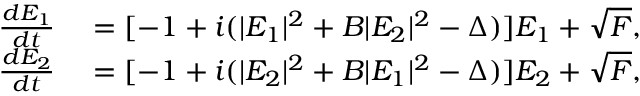
\begin{array} { r l } { \frac { d E _ { 1 } } { d t } } & { { } = [ - 1 + i ( \vert E _ { 1 } \vert ^ { 2 } + B \vert E _ { 2 } \vert ^ { 2 } - \Delta ) ] E _ { 1 } + \sqrt { F } , } \\ { \frac { d E _ { 2 } } { d t } } & { { } = [ - 1 + i ( \vert E _ { 2 } \vert ^ { 2 } + B \vert E _ { 1 } \vert ^ { 2 } - \Delta ) ] E _ { 2 } + \sqrt { F } , } \end{array}